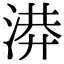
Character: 𭱄